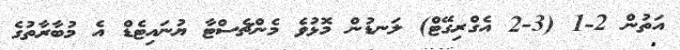
އަތުން 2-1 (3-2 އެގްރިގޭޓް) ލަނޑުން މޮޅުވެ މެންޗެސްޓާ ޔުނައިޓެޑް އެ މުބާރާތުގެ